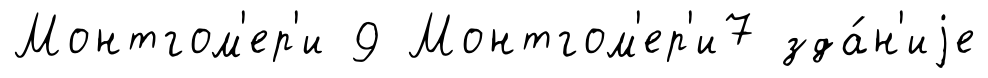
Монтгом'ер'и 9 Монтгом'ер'и7 зда́н'иjе